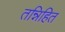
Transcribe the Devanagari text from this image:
तन्निहित